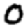
Digit: 0